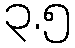
၃.၅